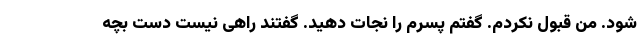
شود. من قبول نکردم. گفتم پسرم را نجات دهید. گفتند راهی نیست دست بچه